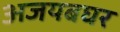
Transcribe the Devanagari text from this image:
अजयबघर